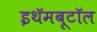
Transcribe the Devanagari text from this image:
इथॅमबूटॉल